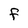
Character: F